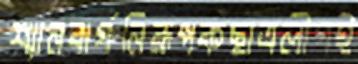
শ্যানবার্গনিরূপকছাত্রলীগই